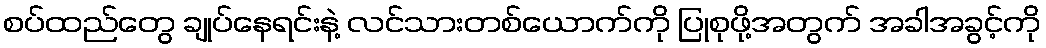
စပ်ထည်တွေ ချုပ်နေရင်းနဲ့ လင်သားတစ်ယောက်ကို ပြုစုဖို့အတွက် အခါအခွင့်ကို